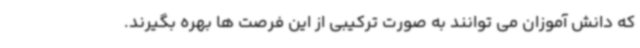
که دانش آموزان می توانند به صورت ترکیبی از این فرصت ها بهره بگیرند.